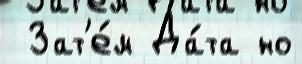
 Зат'е́м Да́та но